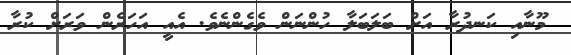
މޫނާއި ކަނދުރާ އަށް ބަލަބަލާ ހުންނަން ވެގެންނެވެ. އެއީ އަހަރެން ވަރަށް ކުރާ